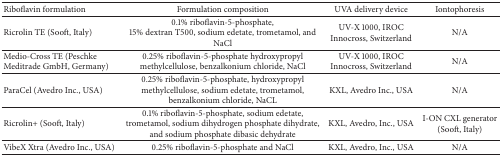
<table><thead><tr><td><b>Riboflavin formulation</b></td><td><b>Formulation composition</b></td><td><b>UVA delivery device</b></td><td><b>Iontophoresis</b></td></tr></thead><tbody><tr><td>Ricrolin TE (Sooft, Italy)</td><td>0.1% riboflavin-5-phosphate, 15% dextran T500, sodium edetate, trometamol, and NaCl</td><td>UV-X 1000, IROC Innocross, Switzerland</td><td>N/A</td></tr><tr><td>Medio-Cross TE (Peschke Meditrade GmbH, Germany)</td><td>0.25% riboflavin-5-phosphate hydroxypropyl methylcellulose, benzalkonium chloride, NaCl</td><td>UV-X 1000, IROC Innocross, Switzerland</td><td>N/A</td></tr><tr><td>ParaCel (Avedro Inc., USA)</td><td>0.25% riboflavin-5-phosphate, hydroxypropyl methylcellulose, sodium edetate, trometamol, benzalkonium chloride, NaCL</td><td>KXL, Avedro Inc., USA</td><td>N/A</td></tr><tr><td>Ricrolin+ (Sooft, Italy)</td><td>0.1% riboflavin-5-phosphate, sodium edetate, trometamol, sodium dihydrogen phosphate dihydrate, and sodium phosphate dibasic dehydrate</td><td>KXL, Avedro, Inc., USA</td><td>I-ON CXL generator (Sooft, Italy) </td></tr><tr><td>VibeX Xtra (Avedro Inc., USA)</td><td>0.25% riboflavin-5-phosphate and NaCl </td><td>KXL, Avedro, Inc., USA</td><td>N/A</td></tr></tbody></table>